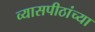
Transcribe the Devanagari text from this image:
व्यासपीठांच्या